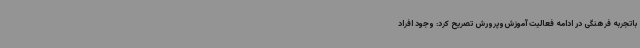
باتجربه فرهنگی در ادامه فعالیت آموزش‌وپرورش تصریح کرد: وجود افراد